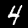
Label: 4